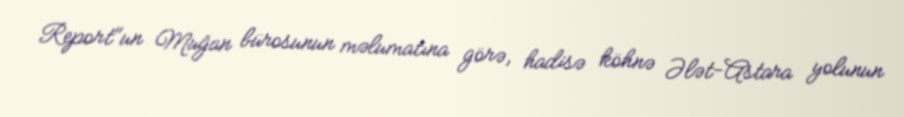
Report"un Muğan bürosunun məlumatına görə, hadisə köhnə Ələt-Astara yolunun